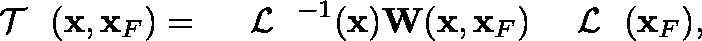
\begin{array} { r } { { { { \mathrm { ~ \boldmath ~ { ~ \cal ~ T ~ } ~ } } } } ( { \bf x } , { \bf x } _ { F } ) = { { { \mathrm { ~ \boldmath ~ { ~ \cal ~ L ~ } ~ } } } } ^ { - 1 } ( { \bf x } ) { \bf W } ( { \bf x } , { \bf x } _ { F } ) { { { { \mathrm { ~ \boldmath ~ { ~ \cal ~ L ~ } ~ } } } } } ( { \bf x } _ { F } ) , } \end{array}